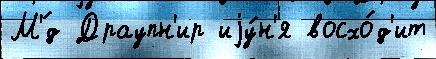
М'́д Драупн'ир иjу́н'я восхо́д'ит